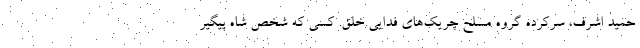
حمید اشرف، سرکرده گروه مسلح چریک‌های فدایی خلق. کسی که شخص شاه پیگیر